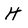
Character: H